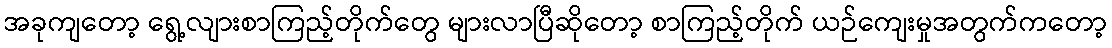
အခုကျတော့ ရွေ့လျားစာကြည့်တိုက်တွေ များလာပြီဆိုတော့ စာကြည့်တိုက် ယဉ်ကျေးမှုအတွက်ကတော့